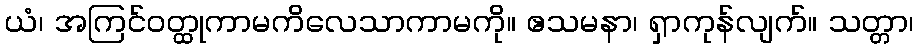
ယံ၊ အကြင်ဝတ္ထုကာမကိလေသာကာမကို။ ဧသမနာ၊ ရှာကုန်လျက်။ သတ္တာ၊